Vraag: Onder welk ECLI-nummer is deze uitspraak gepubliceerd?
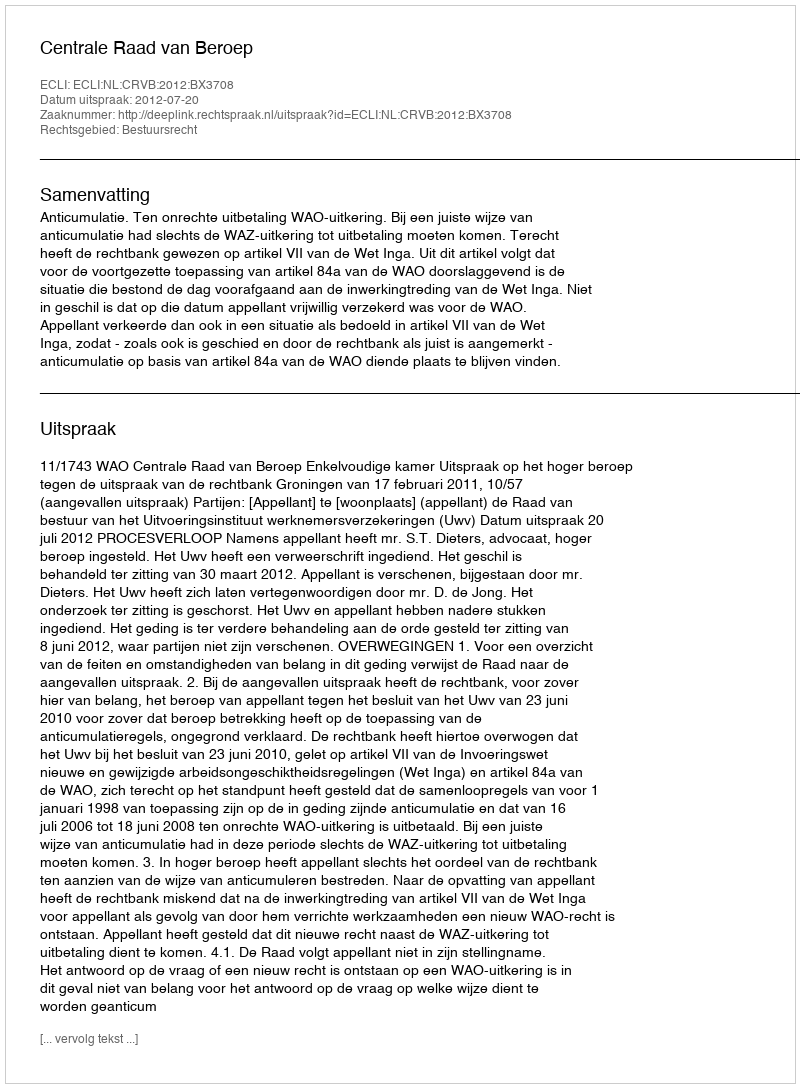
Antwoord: ECLI:NL:CRVB:2012:BX3708